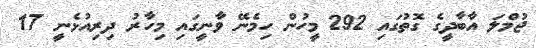
ޖުމްލަ އާބާދީގެ ގޮތުގައި 292 މީހުން ހިމެނޭ ވާނީގައި މިހާރު ދިރިއުޅެނީ 17